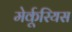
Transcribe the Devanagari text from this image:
मेर्कूरियस